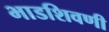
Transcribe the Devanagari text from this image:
भाडशिवणी